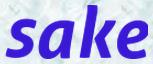
sake